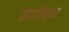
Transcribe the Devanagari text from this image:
पोपांपेक्षा